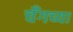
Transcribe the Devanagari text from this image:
चँगच्या